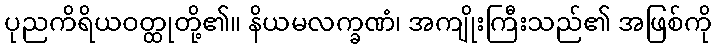
ပုညကိရိယဝတ္ထုတို့၏။ နိယမလက္ခဏံ၊ အကျိုးကြီးသည်၏ အဖြစ်ကို